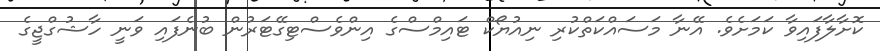
ކޮށާލާފައިވާ ކަމަށެވެ. އޭނާ މަސައްކަތްކުރި ނިއުޔޯކް ޓައިމްސްގެ އިންވެސްޓިގޭޓަރުން ބުނެފައި ވަނީ ހާޝުގްޖީގެ